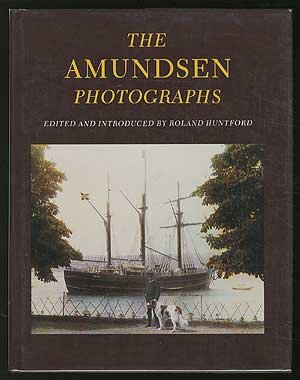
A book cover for The Amundsen Photographs; Travel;